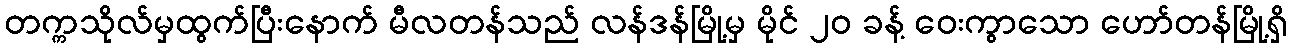
တက္ကသိုလ်မှထွက်ပြီးနောက် မီလတန်သည် လန်ဒန်မြို့မှ မိုင် ၂၀ ခန့် ဝေးကွာသော ဟော်တန်မြို့ရှိ